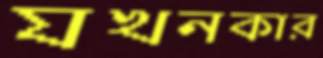
যখনকার